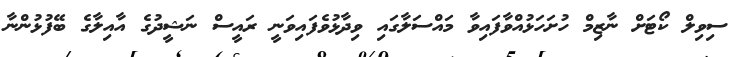
ސިވިލް ކޯޓަށް ނާޒިމް ހުށަހަޅުއްވާފައިވާ މައްސަލާގައި ވިދާޅުވެފައިވަނީ ރައީސް ނަޝީދުގެ އާއިލާގެ ބޭފުޅުންނާ